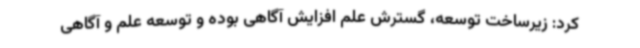
کرد: زیرساخت توسعه، گسترش علم افزایش آگاهی بوده و توسعه علم و آگاهی